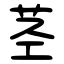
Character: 茎